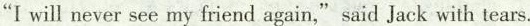
"I will never see my friend again," said Jack with tears.